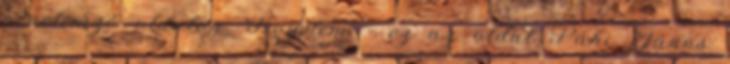
névelemző oldalon. Figyelem - ez az oldal Páhi János